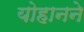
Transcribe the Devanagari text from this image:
योहानने